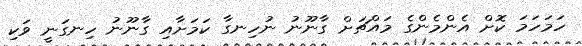
ހަމަހަމަ ކޮށް އެންމެންގެ މައްޗަށް ގާނޫނު ނުހިނގާ ކަމަށާއި ގާނޫނު ހިނގަނީ ވަކި